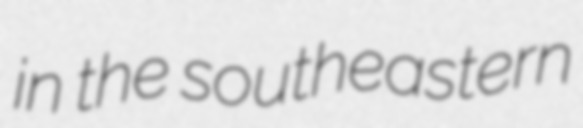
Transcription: in the southeastern